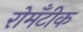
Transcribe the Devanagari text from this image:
रोमँटीक